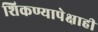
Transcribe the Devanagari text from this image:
शिकण्यापेक्षाही